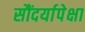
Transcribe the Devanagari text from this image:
सौंदर्यापेक्षा